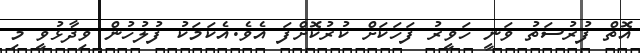
އޮތް ފުރުސަތު ވަނީ ހަވީރު ފަހަކަށް ކުރުކޮށްފަ އެވެ.އެކަމަކު ފުލުހުން ވިދާޅުވީ މި